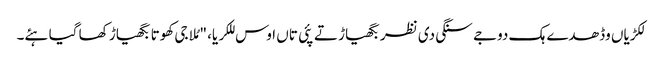
لکڑیاں وڈھدے ہک دوجے سنگی دی نظر بگھیاڑ تے پئی تاں اوس للکریا، "مُلا جی کھوتا بگھیاڑ کھا گیا ہئے۔